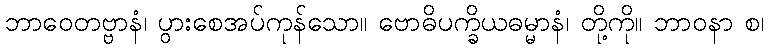
ဘာဝေတဗ္ဗာနံ၊ ပွားစေအပ်ကုန်သော။ ဗောဓိပက္ခိယဓမ္မာနံ၊ တို့ကို။ ဘာဝနာ စ၊